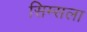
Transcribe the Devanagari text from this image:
सिम्सला